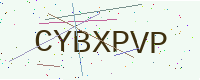
Text: CYBXPVP